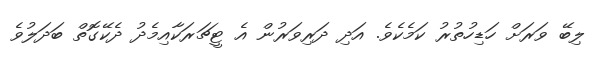
ލިބޭ ވަރަށް ހަޑިހުތުރު ކަމެކެވެ. އަދި ދަރިވަރުން އެ ޓީޗަރަކާއިމެދު ދެކޭގޮތް ބަދަލުވެ